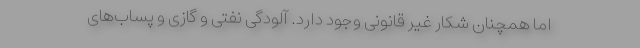
اما همچنان شکار غیر قانونی وجود دارد. آلودگی نفتی و گازی و پساب‌های